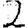
Digit: 2